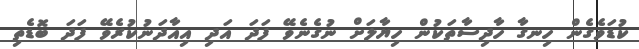
ކުޑަވެގެން ހިނގާ ހާދިސާތަކުން ހިޔާލަށް ނުގެނެވޭ ފަދަ އަދި އިއާދަނުކުރެވޭ ފަދަ ބޮޑެތި